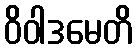
ဝိဝါဒမေတိ